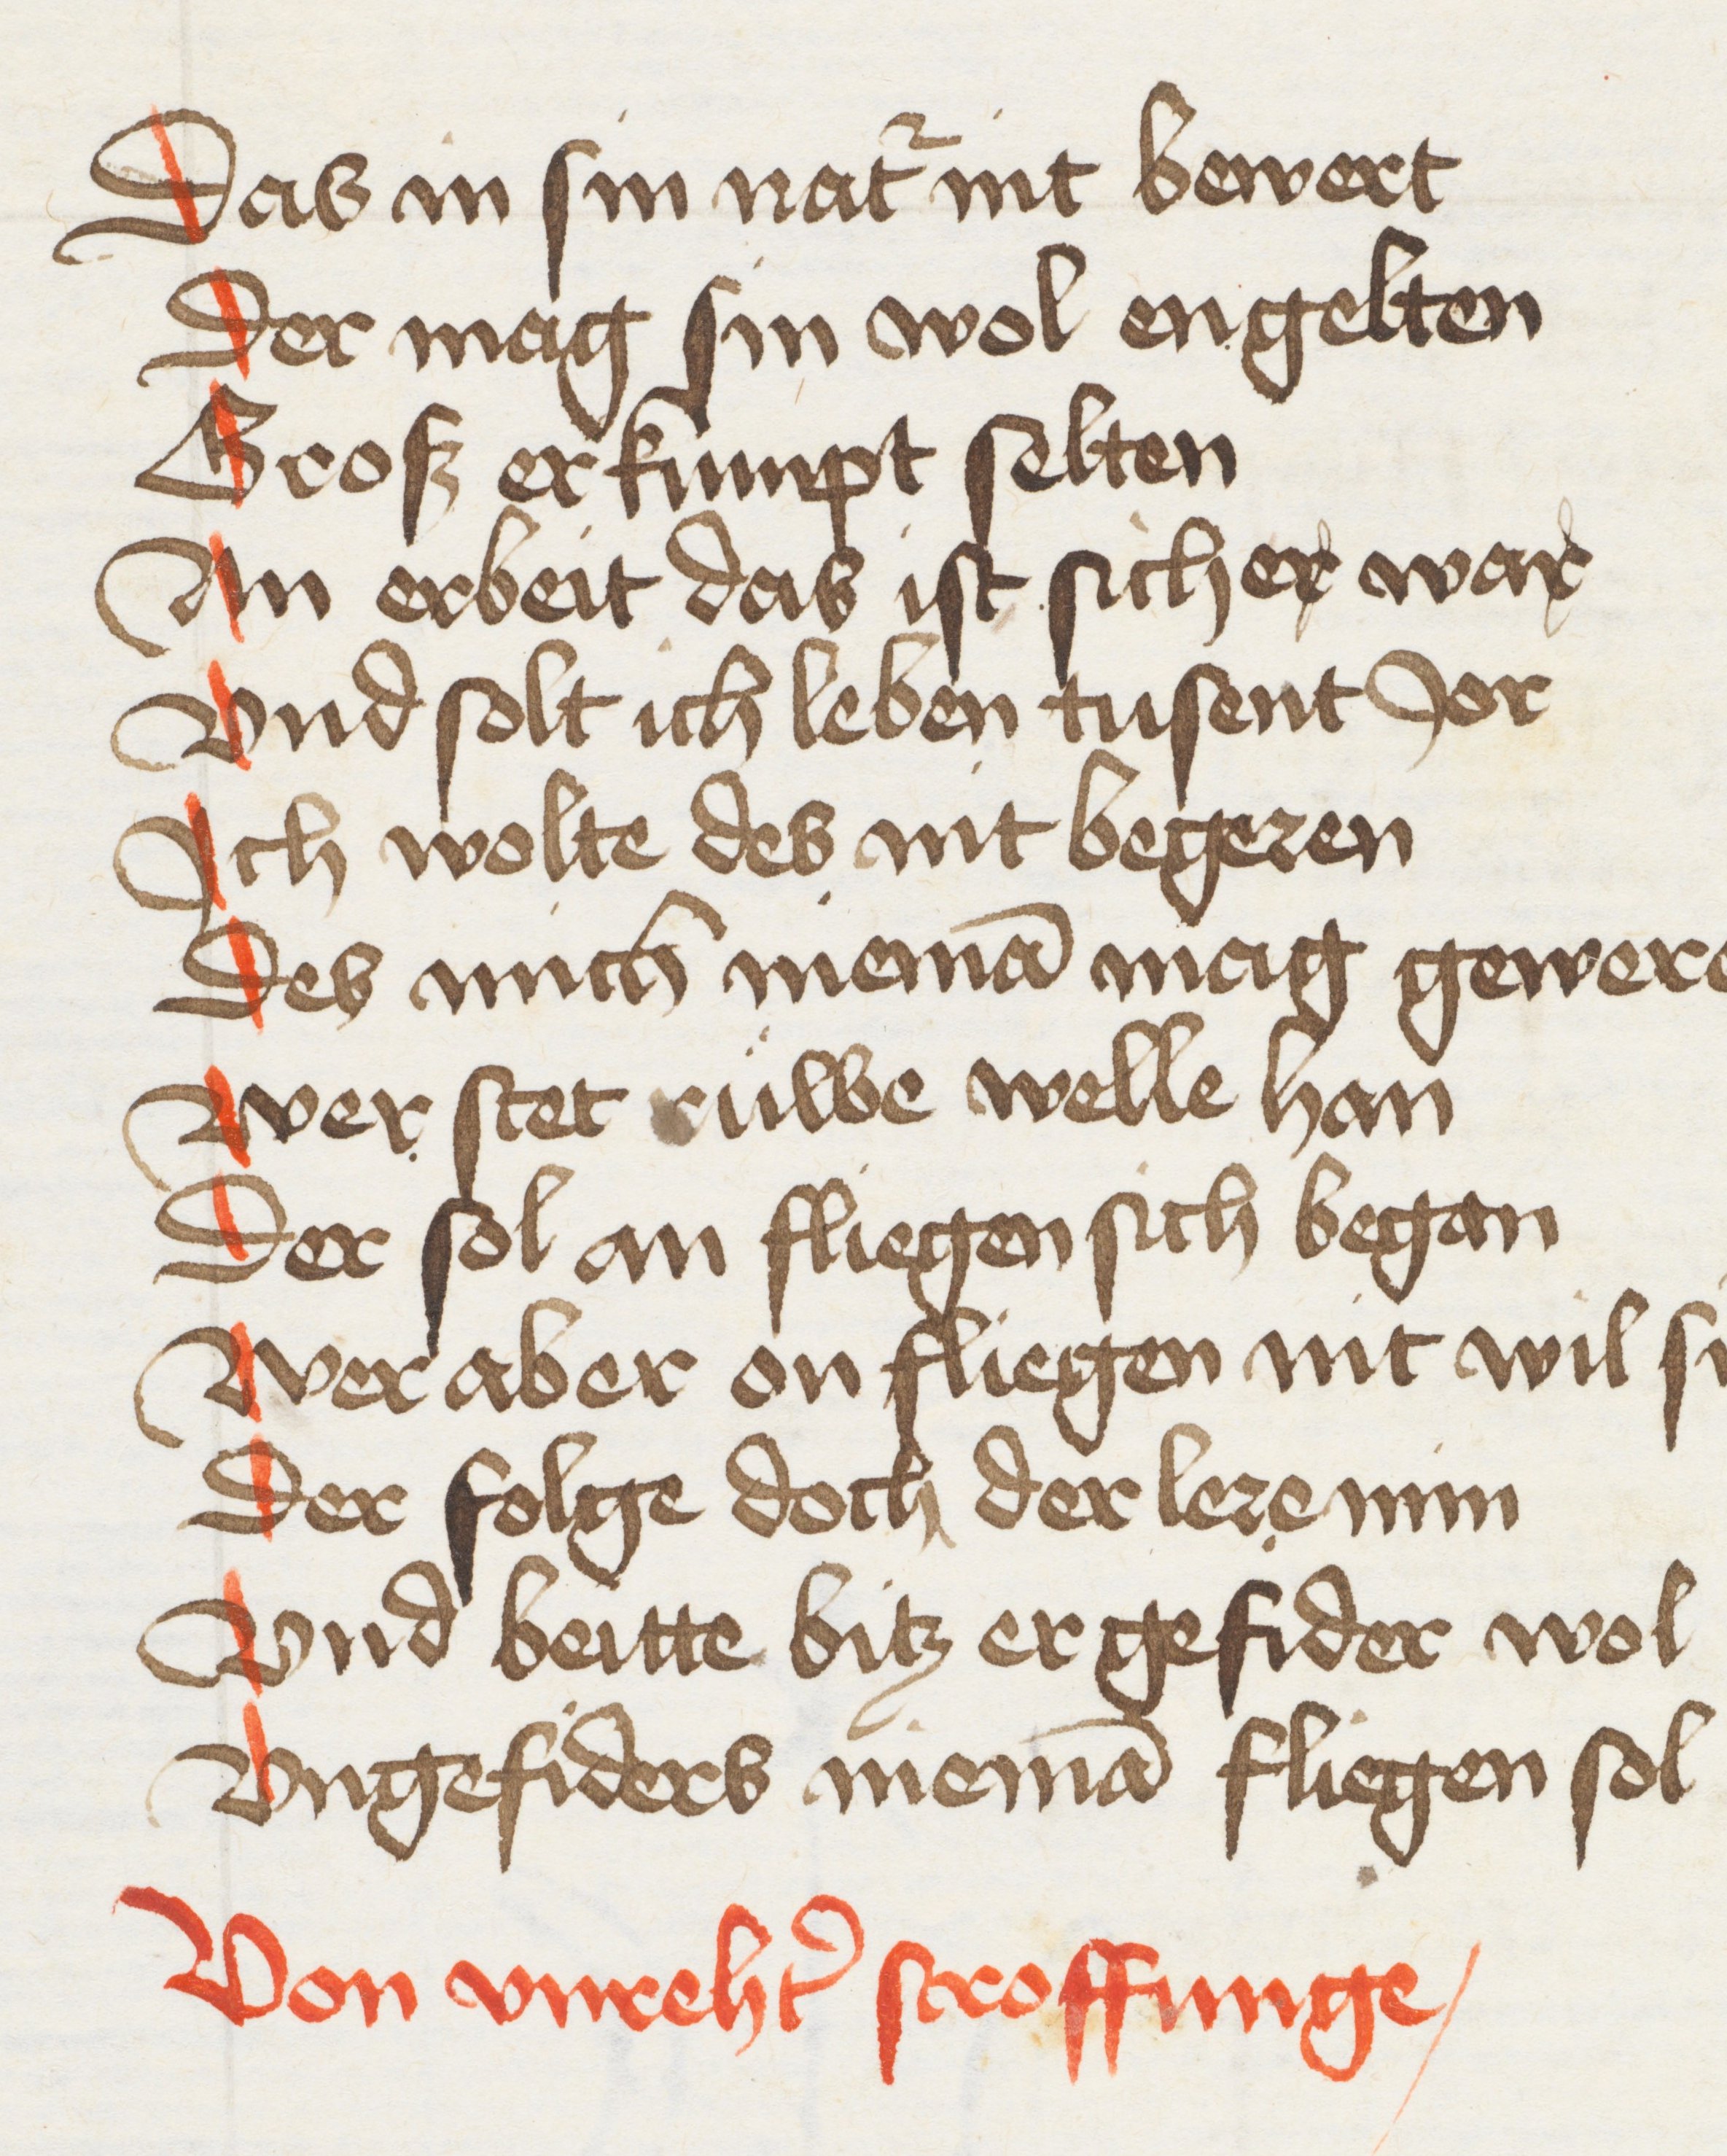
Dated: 1440–1475